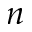
n